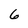
Character: 6